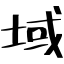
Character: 域